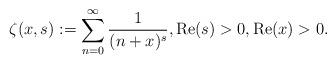
LaTeX: \begin{align*}\zeta (x,s):=\sum _{{n=0}}^{\infty}{\frac {1}{(n+x)^{{s}}}}, \operatorname{Re}(s)>0, \operatorname{Re}(x)>0.\end{align*}